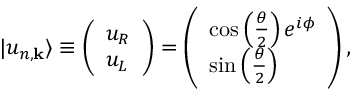
| u _ { n , \mathbf { k } } \rangle \equiv \left( \begin{array} { l } { u _ { R } } \\ { u _ { L } } \end{array} \right) = \left( \begin{array} { l } { \cos \left( \frac { \theta } { 2 } \right) e ^ { i \phi } } \\ { \sin \left( \frac { \theta } { 2 } \right) } \end{array} \right) ,